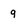
Character: 9